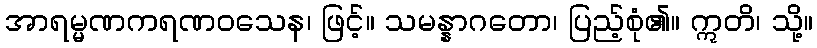
အာရမ္မဏကရဏဝသေန၊ ဖြင့်။ သမန္နာဂတော၊ ပြည့်စုံ၏။ ဣတိ၊ သို့။